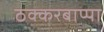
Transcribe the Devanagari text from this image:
ठक्करबाप्पा